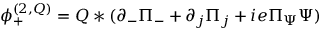
\phi _ { + } ^ { ( 2 , { \cal Q } ) } = { \cal Q } \ast ( \partial _ { - } \Pi _ { - } + \partial _ { j } \Pi _ { j } + i e \Pi _ { \Psi } \Psi )